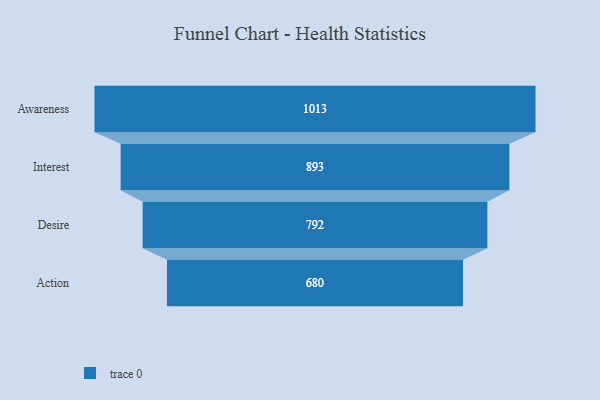
{"axis": {"x": "Stage", "y": "Value"}, "legend": [""], "data": [{"x": "Awareness", "y": 1013.0, "type": ""}, {"x": "Interest", "y": 893.0, "type": ""}, {"x": "Desire", "y": 792.0, "type": ""}, {"x": "Action", "y": 680.0, "type": ""}]}